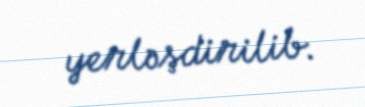
yerləşdirilib.